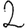
Digit: 2